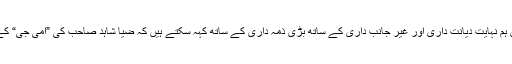
ہر چوتھے پانچویں نقاد نے اس کے حوالے سے لکھا بھی خاصا ہے لیکن ہم نہایت دیانت داری اور غیر جانب داری کے ساتھ بڑی ذمہ داری کے ساتھ کہہ سکتے ہیں کہ ضیا شاہد صاحب کی ”امی جی“ کے سامنے قدرت اللہ شہاب مرحوم کی ”ماں جی“ اتنی تاثر انگیز نہیں ہے۔